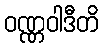
ဝဏ္ဏဝါဒီတိ